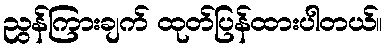
ညွန်ကြားချက် ထုတ်ပြန်ထားပါတယ်။